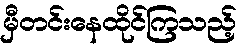
မှီတင်းနေထိုင်ကြသည့်